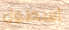
أسطول